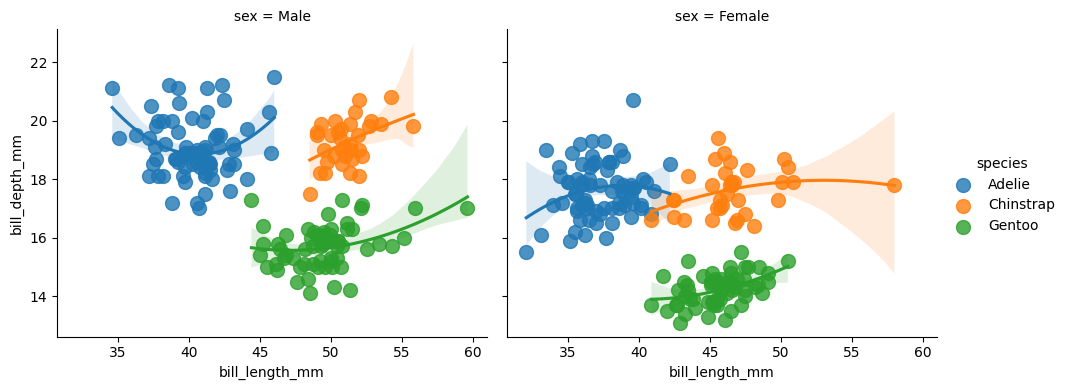
python, seaborn, lmplot, aspect=1.2, order=2, markers='o'